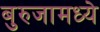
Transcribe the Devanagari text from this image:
बुरुजामध्ये